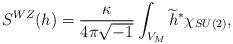
LaTeX: \begin{align*}S^{WZ}(h)=\frac{\kappa }{4\pi \sqrt{-1}}\int_{V_{M}}\widetilde{h}^{\ast}\chi _{SU(2)},\end{align*}